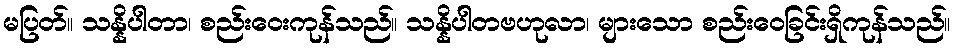
မပြတ်။ သန္နိပါတာ၊ စည်းဝေးကုန်သည်။ သန္နိပါတဗဟုလာ၊ များသော စည်းဝေခြင်းရှိကုန်သည်။